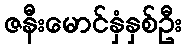
ဇနီးမောင်နှံနှစ်ဦး